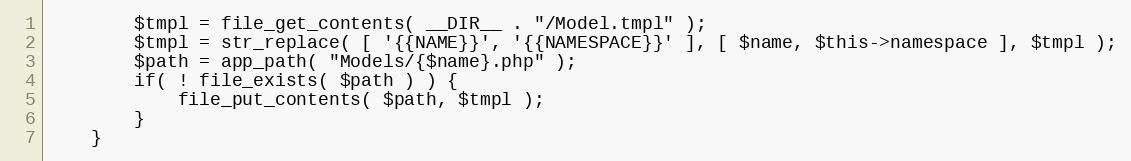
Language: PHP
		$tmpl = file_get_contents( __DIR__ . "/Model.tmpl" );
		$tmpl = str_replace( [ '{{NAME}}', '{{NAMESPACE}}' ], [ $name, $this->namespace ], $tmpl );
		$path = app_path( "Models/{$name}.php" );
		if( ! file_exists( $path ) ) {
			file_put_contents( $path, $tmpl );
		}
	}